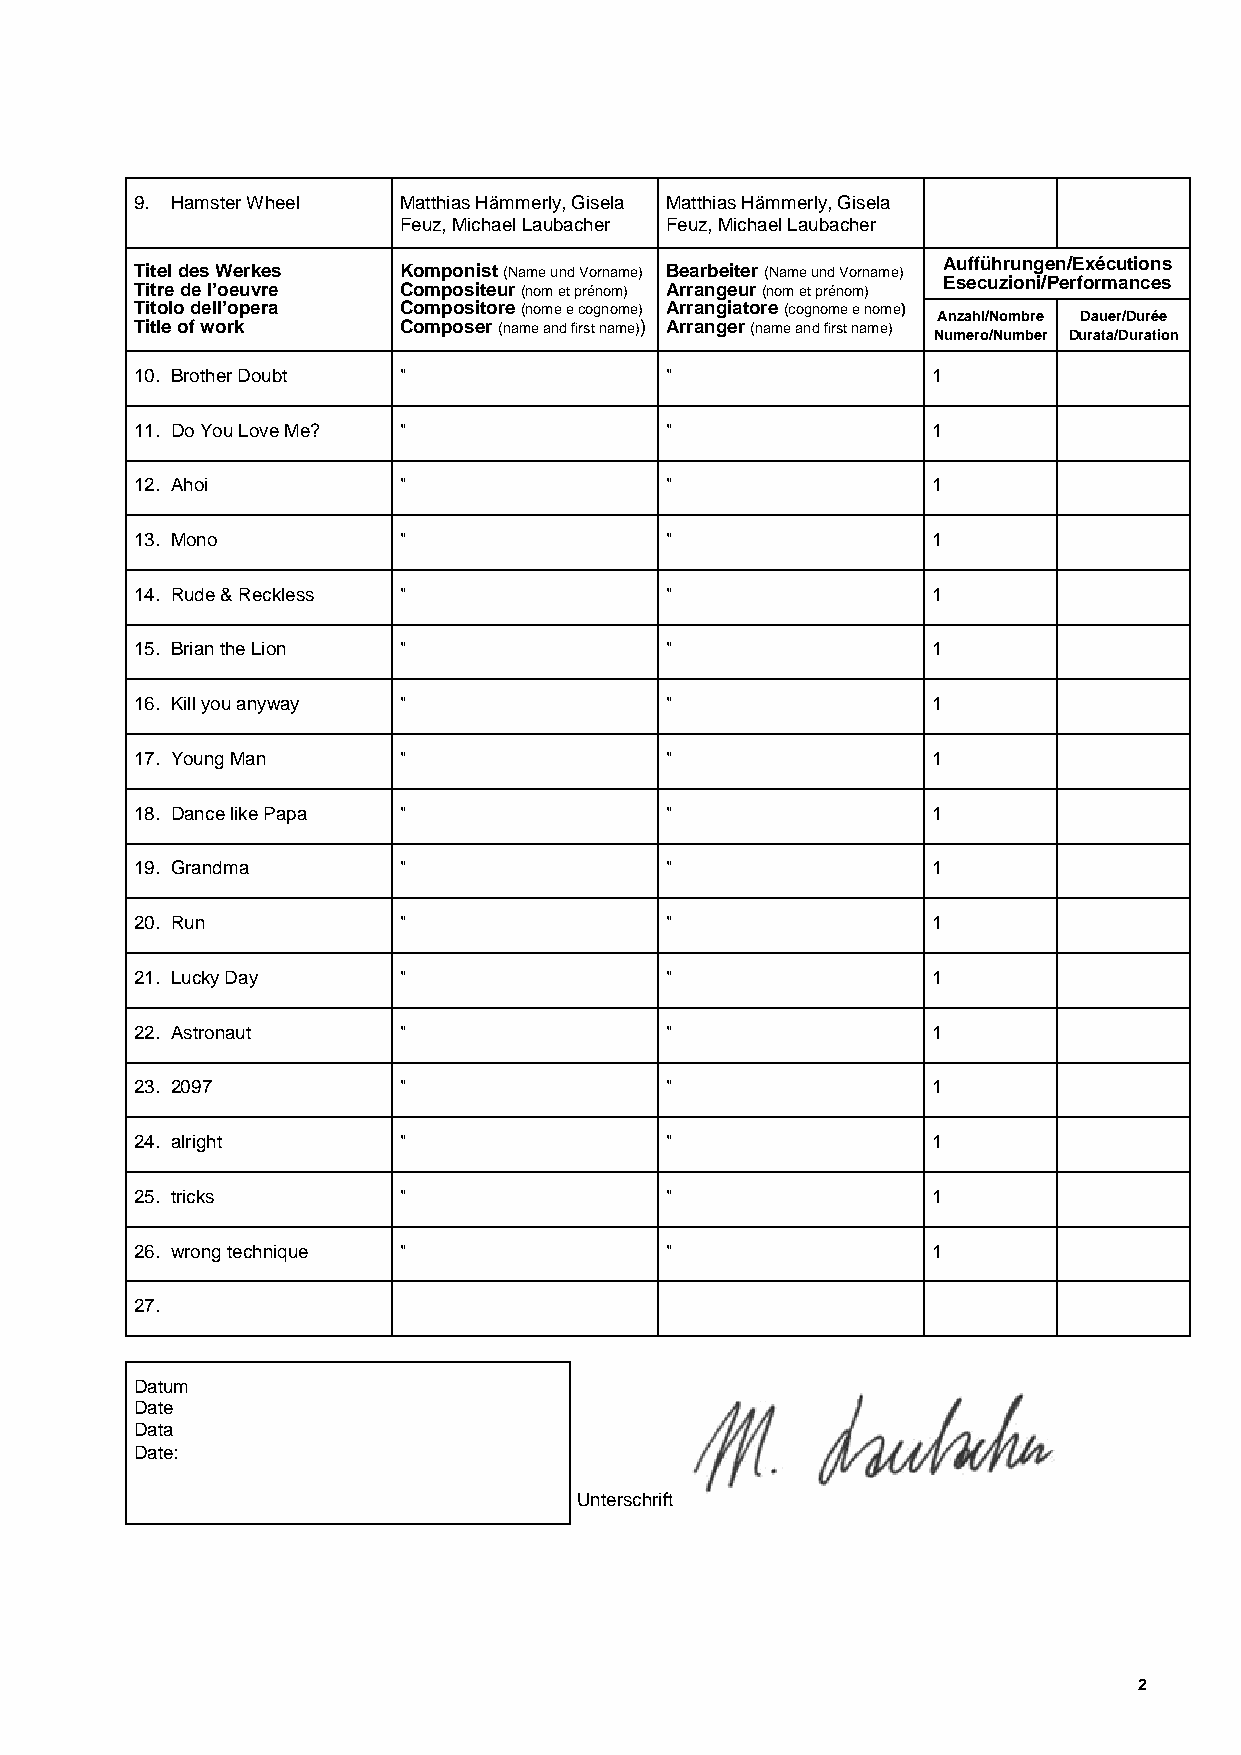
9. Hamster Wheel Matthias Hämmerly, Gisela Matthias Hämmerly, Gisela
 Feuz, Michael Laubacher Feuz, Michael Laubacher
 Aufführungen/Exécutions
 Titel des Werkes Komponist (Name und Vorname) Bearbeiter (Name und Vorname)
 Esecuzioni/Performances
 Titre de l’oeuvre Compositeur (nom et prénom) Arrangeur (nom et prénom)
 Titolo dell’opera Compositore (nome e cognome) Arrangiatore (cognome e nome)
 Anzahl/Nombre Dauer/Durée
 Title of work    Composer (name and first name)) Arranger (name and first name)
 Numero/Number Durata/Duration
 10. Brother Doubt "                "                 1
 11. Do You Love Me? "              "                 1
 12. Ahoi         "                 "                 1
 13. Mono         "                 "                 1
 14. Rude & Reckless "              "                 1
 15. Brian the Lion "               "                 1
 16. Kill you anyway "              "                 1
 17. Young Man    "                 "                 1
 18. Dance like Papa "              "                 1
 19. Grandma      "                 "                 1
 20. Run          "                 "                 1
 21. Lucky Day    "                 "                 1
 22. Astronaut    "                 "                 1
 23. 2097         "                 "                 1
 24. alright      "                 "                 1
 25. tricks       "                 "                 1
 26. wrong technique "              "                 1
 27.
 Datum
 Date
 Data
 Date:
 Unterschrift
 2